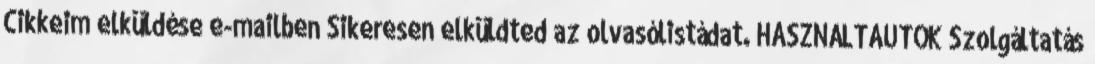
Cikkeim elküldése e-mailben Sikeresen elküldted az olvasólistádat. HASZNÁLTAUTÓK Szolgáltatás